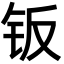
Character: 钣